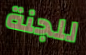
للجنة